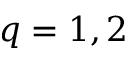
q = 1 , 2